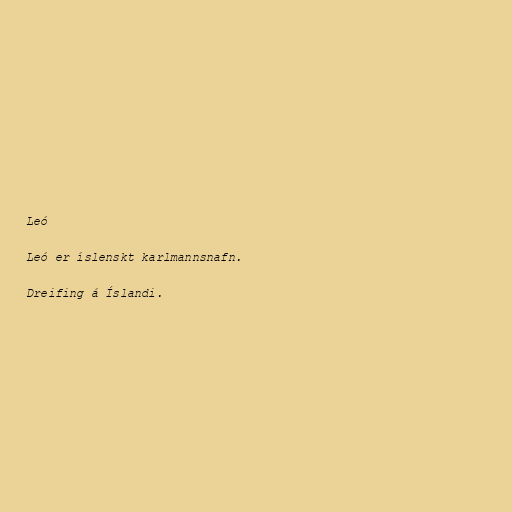
Leó

Leó er íslenskt karlmannsnafn.

Dreifing á Íslandi.